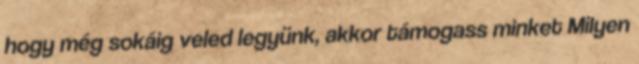
hogy még sokáig veled legyünk, akkor támogass minket Milyen